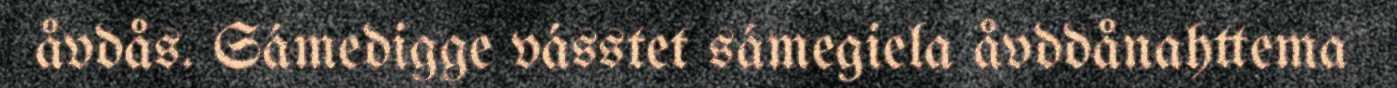
åvdås. Sámedigge vásstet sámegiela åvddånahttema